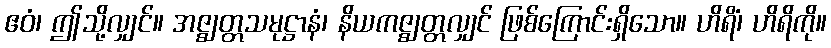
ဧဝံ၊ ဤသို့လျှင်။ အဇ္ဈတ္တသမုဋ္ဌာနံ၊ နိယကဇ္ဈတ္တလျှင် ဖြစ်ကြောင်းရှိသော။ ဟိရိံ၊ ဟိရိကို။